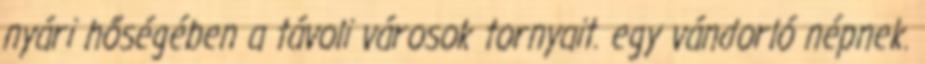
nyári hőségében a távoli városok tornyait. egy vándorló népnek.